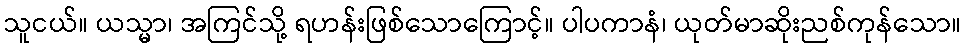
သူငယ်။ ယသ္မာ၊ အကြင်သို့ ရဟန်းဖြစ်သောကြောင့်။ ပါပကာနံ၊ ယုတ်မာဆိုးညစ်ကုန်သော။